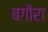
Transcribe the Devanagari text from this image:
बगौरा